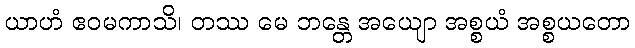
ယာဟံ ဧဝမကာသိ၊ တဿ မေ ဘန္တေ အယျော အစ္စယံ အစ္စယတော